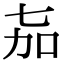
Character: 𬻎